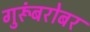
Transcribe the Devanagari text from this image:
गुरूंबरोबर